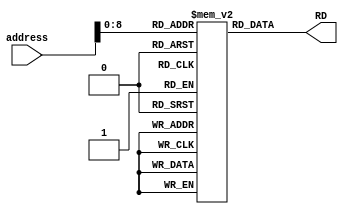
module instructionmemory #(parameter Width = 32)(
    input [Width-1:0] address,
    output [Width-1:0] RD
    );
//wire [3:0] add = address[3:0];
reg [Width-1:0] mem1[511:0];
initial
begin
mem1[0] = 32'h002081B3; // add $1, $2, $3
mem1[4] = 32'h403202B3; // sub $4, $3, $5
mem1[8] = 32'h00308383; // lw $7, 3($1)
mem1[12] = 32'h0013F333; // and $7, $1, $6
mem1[16] = 32'h001112B3; // sll $5, $2, $1
mem1[20] = 32'h001122B3; // slt $5, $2, $1
mem1[24] = 32'h00210463; // beq $2, $3, 4 // 4 is offset
mem1[28] = 32'h001132B3; // sltu $5, $2, $1
mem1[32] = 32'h001142B3; // xor $5, $2, $1
mem1[36] = 32'h001152B3; // srl $5, $2, $1
mem1[40] = 32'h401152B3; // sra $5, $2, $1
mem1[44] = 32'h008002EF; // jal $5, 2 
mem1[48] = 32'h00110293; // addi $5, $2, 1
mem1[52] = 32'h00312293; // slti $5, $2, 3
mem1[56] = 32'h00517293; // andi $5, $2, 5
mem1[60] = 32'h00211293; // slli $5, $2, 2
mem1[64] = 32'h002102E7; // jar $5, $2, 2  // will jump on instruction 4
//mem1[4] = 32'h40308133; // sub x2, x3, x1
//mem1[8] = 32'h00517633; // and x12, x2, x5
//mem1[12] = 32'h002376B3; // and x13, x6, x2

//mem1[4] = 32'h00218233; // add $3 ,$2, $4
//
//mem1[0] = 32'h00218233; // add $3 ,$2, $4
//mem1[4] = 32'h403202B3; // sub $4, $3, $5
//mem1[0] = 32'h00308383; // lw $7, 2($1)
//mem1[4] = 32'h0013F333; // and $7, $1, $6

//
//$readmemh("mem1file.dat",mem1);
end
assign RD = mem1[address];
endmodule